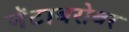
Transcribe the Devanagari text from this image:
नॅटाबरोबर